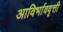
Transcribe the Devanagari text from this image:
आविर्भाववृत्ती